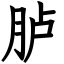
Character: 胪